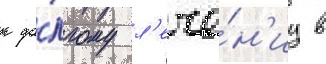
к до́лгому л'ече́н'иу в